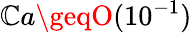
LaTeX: \mathbb{C}a\geqO(10^{-1})